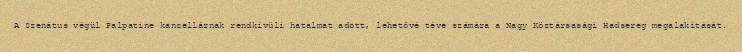
A Szenátus végül Palpatine kancellárnak rendkívüli hatalmat adott, lehetővé téve számára a Nagy Köztársasági Hadsereg megalakítását.